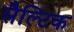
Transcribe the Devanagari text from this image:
सैल्टिक